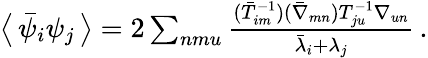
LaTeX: \begin{array}{r}{\big\langle\, \bar{\psi}_{i}\psi_{j}\, \big\rangle=2\sum_{nmu}\frac{(\bar{T}_{im}^{-1})(\bar{\nabla}_{mn})T_{ju}^{-1}\nabla_{un}}{\bar{\lambda}_{i}+\lambda_{j}}\, .}\end{array}